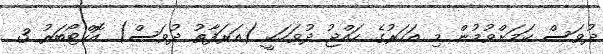
ދުވަސް ކަމަށްވުމުން މި އަހަރުގެ ހައްޖު ދުވަހަކީ (އަރަފާތު ދުވަސް) އޮކްޓޯބަރު 3